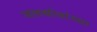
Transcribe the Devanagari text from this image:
जलस्रोतांच्या